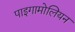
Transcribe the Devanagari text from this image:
पाइगामोलियन